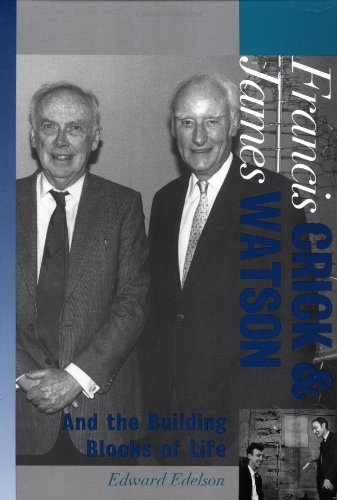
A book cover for Francis Crick and James Watson: And the Building Blocks of Life (Oxford Portraits in Science); Edward Edelson; Medical Books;